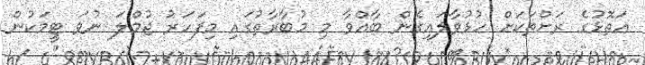
އަތޮޅުގެ ރަށްތަަކަށް ހުޅުވާލައިގެން ބާއްވާ މި މުބާރާތުގައި މިފަހަރު ޖުމްލަ ނުވަ ޓީމަކުން